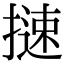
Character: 𢳪